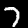
Digit: 7